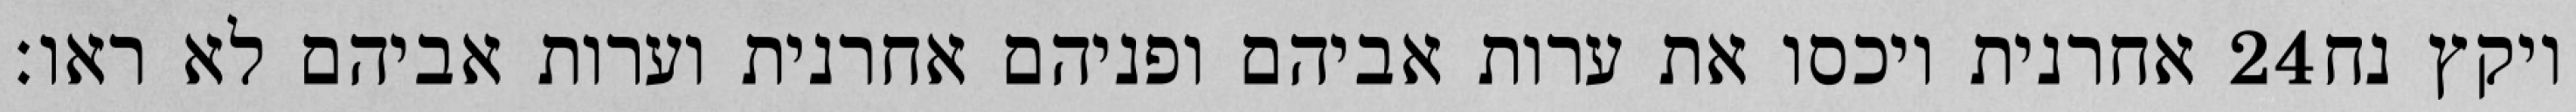
אחרנית ויכסו את ערות אביהם ופניהם אחרנית וערות אביהם לא ראו׃ ‎24‏ ויקץ נח